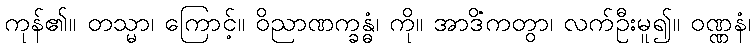
ကုန်၏။ တသ္မာ၊ ကြောင့်။ ဝိညာဏက္ခန္ဓံ၊ ကို။ အာဒိံကတွာ၊ လက်ဦးမူ၍။ ဝဏ္ဏနံ၊